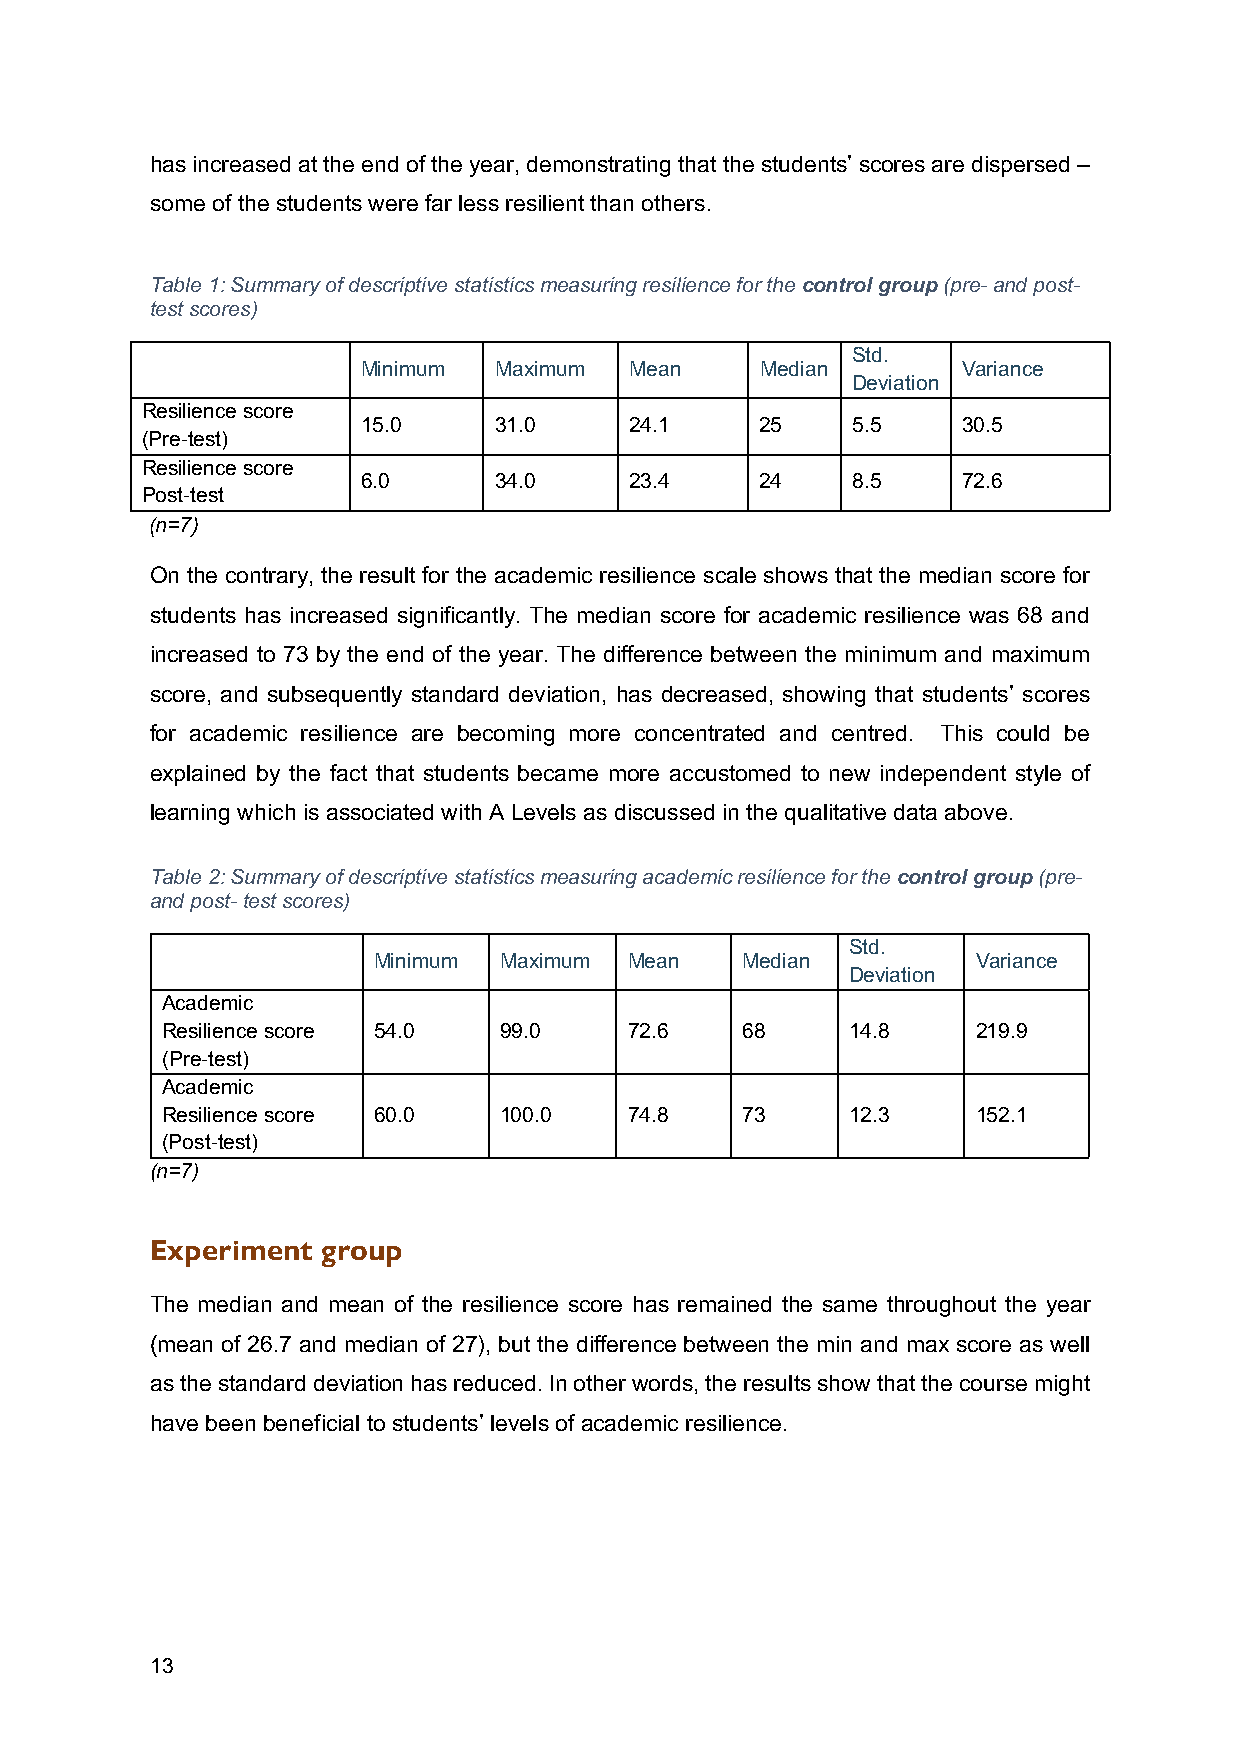
has increased at the end of the year, demonstrating that the students’ scores are dispersed –
 some of the students were far less resilient than others.
 Table 1: Summary of descriptive statistics measuring resilience for the control group (pre- and post-
 test scores)
 Std.
 Minimum  Maximum  Mean    Median        Variance
 Deviation
 Resilience score
 15.0     31.0     24.1    25    5.5     30.5
 (Pre-test)
 Resilience score
 6.0      34.0     23.4    24    8.5     72.6
 Post-test
 (n=7)
 On the contrary, the result for the academic resilience scale shows that the median score for
 students has increased significantly. The median score for academic resilience was 68 and
 increased to 73 by the end of the year. The difference between the minimum and maximum
 score, and subsequently standard deviation, has decreased, showing that students’ scores
 for academic resilience are becoming more concentrated and centred. This could be
 explained by the fact that students became more accustomed to new independent style of
 learning which is associated with A Levels as discussed in the qualitative data above.
 Table 2: Summary of descriptive statistics measuring academic resilience for the control group (pre-
 and post- test scores)
 Std.
 Minimum Maximum  Mean   Median          Variance
 Deviation
 Academic
 Resilience score 54.0 99.0     72.6   68     14.8     219.9
 (Pre-test)
 Academic
 Resilience score 60.0 100.0    74.8   73     12.3     152.1
 (Post-test)
 (n=7)
 Experiment group
 The median and mean of the resilience score has remained the same throughout the year
 (mean of 26.7 and median of 27), but the difference between the min and max score as well
 as the standard deviation has reduced. In other words, the results show that the course might
 have been beneficial to students’ levels of academic resilience.
 13